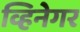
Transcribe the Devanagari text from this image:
व्हिनेगर